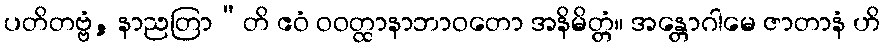
ပတိတဗ္ဗံ, နာညတြာ”တိ ဧဝံ ဝဝတ္ထာနာဘာဝတော အနိမိတ္တံ။ အန္တောဂါမေ ဇာတာနံ ဟိ